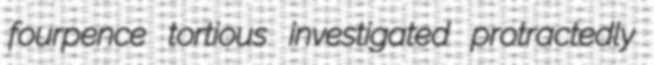
fourpence tortious investigated protractedly